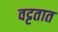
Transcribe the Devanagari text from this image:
वट्टतात